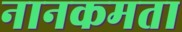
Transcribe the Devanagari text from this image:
नानकमता